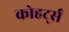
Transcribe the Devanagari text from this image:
कोहर्ट्स